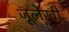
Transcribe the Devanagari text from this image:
जूलेखी